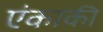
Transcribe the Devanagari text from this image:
एंकाकी